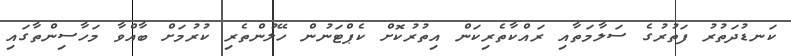
ކަނޑުދަތުރު ފަތުރުގެ ސަލާމަތާއި ރައްކާތެރިކަން އިތުރުކޮށް ކެޕްޓަނުން ހޭލުންތެރި ކުރުމަށް ބާއްވާ މަހާސިންތާގައި